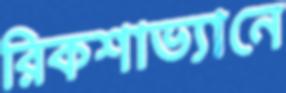
রিকশাভ্যানে